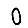
Digit: 0